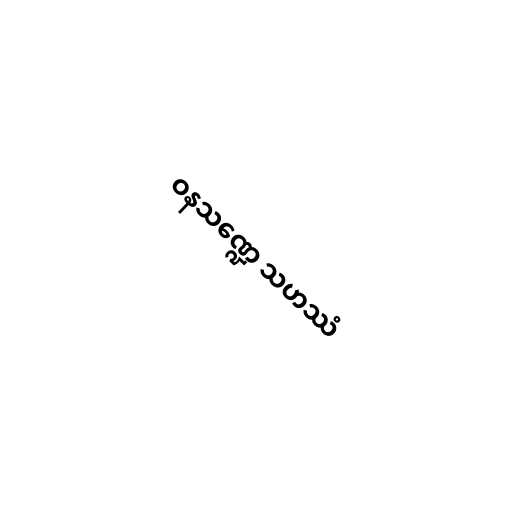
ဝနသဏ္ဍေ သဟဿံ